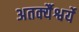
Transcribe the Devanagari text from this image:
अतर्क्यैश्वर्ये